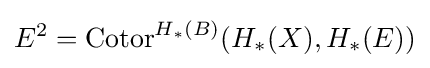
E^{2}=\operatorname {Cotor} ^{H_{\ast }(B)}(H_{\ast }(X),H_{\ast }(E))